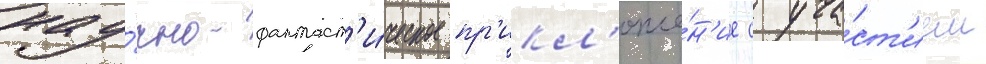
нау́чно-фантаст'и́ческое пр'икл'юче́н'ие с уча́ст'ием